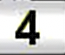
Digit: 4